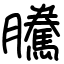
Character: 騰